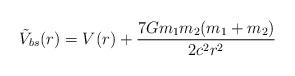
LaTeX: \begin{align*}\tilde V_{bs} (r)= V(r) + {7 Gm_1m_2 (m_1+m_2)\over 2c^2 r^2}\end{align*}